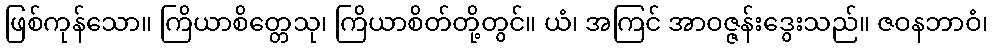
ဖြစ်ကုန်သော။ ကြိယာစိတ္တေသု၊ ကြိယာစိတ်တို့တွင်။ ယံ၊ အကြင် အာဝဇ္ဇန်းဒွေးသည်။ ဇဝနဘာဝံ၊